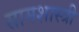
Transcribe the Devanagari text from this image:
सामशास्त्री